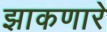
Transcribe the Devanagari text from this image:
झाकणारे